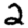
Digit: 2